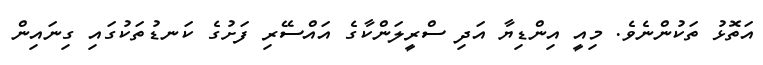
އަތޮޅު ތަކުންނެވެ. މިއީ އިންޑިޔާ އަދި ސްރީލަންކާގެ އައްސޭރި ފަށުގެ ކަނޑުތަކުގައި ގިނައިން